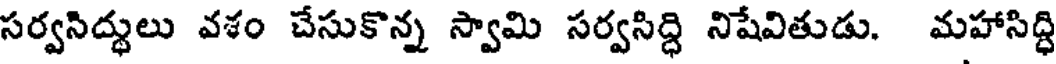
సర్వనిద్ధులు వశం చేసుకొన్న స్వామి సర్వసిద్ధి నిషేవితుడు. మహాసిద్ధి